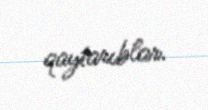
qaytarıblar.